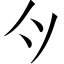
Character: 𫜵